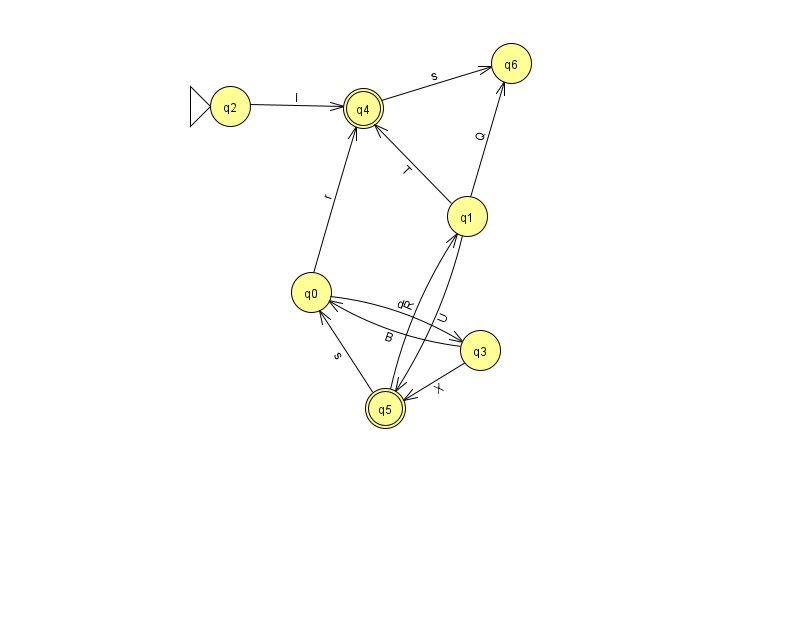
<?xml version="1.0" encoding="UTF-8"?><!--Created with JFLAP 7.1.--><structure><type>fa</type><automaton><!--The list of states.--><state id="0" name="q0"><x>311.0</x><y>279.0</y></state><state id="1" name="q1"><x>467.0</x><y>203.0</y></state><state id="2" name="q2"><x>230.0</x><y>93.0</y><initial/></state><state id="3" name="q3"><x>480.0</x><y>337.0</y></state><state id="4" name="q4"><x>363.0</x><y>95.0</y><final/></state><state id="5" name="q5"><x>385.0</x><y>395.0</y><final/></state><state id="6" name="q6"><x>511.0</x><y>50.0</y></state><!--The list of transitions.--><transition><from>1</from><to>5</to><read>U</read></transition><transition><from>3</from><to>0</to><read>B</read></transition><transition><from>1</from><to>4</to><read>T</read></transition><transition><from>1</from><to>6</to><read>Q</read></transition><transition><from>3</from><to>5</to><read>X</read></transition><transition><from>4</from><to>6</to><read>s</read></transition><transition><from>5</from><to>1</to><read>R</read></transition><transition><from>0</from><to>3</to><read>d</read></transition><transition><from>2</from><to>4</to><read>I</read></transition><transition><from>0</from><to>4</to><read>r</read></transition><transition><from>5</from><to>0</to><read>s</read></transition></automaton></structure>